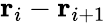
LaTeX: {\mathbf r_{i}}-{\mathbf r_{i+1}}